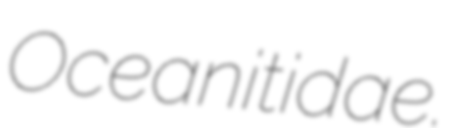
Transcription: Oceanitidae.